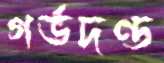
গর্ভদণ্ড